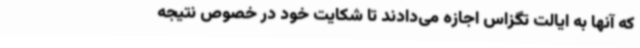
که آنها به ایالت تگزاس اجازه می‌دادند تا شکایت خود در خصوص نتیجه